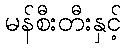
မန်စီးတီးနှင့်